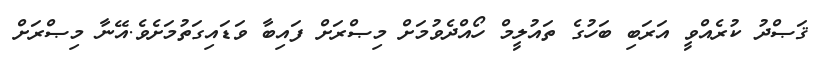
ޤަޞްދު ކުރެއްވީ އަރަބި ބަހުގެ ތައުލީމް ހޯއްދެވުމަށް މިޞްރަށް ފައިބާ ވަޑައިގަތުމަށެވެ.އޭނާ މިޞްރަށް